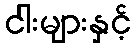
ငါးများနှင့်